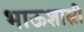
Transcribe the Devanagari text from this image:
भाऊशास्त्री